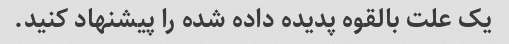
یک علت بالقوه پدیده داده شده را پیشنهاد کنید.